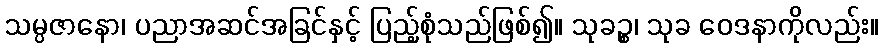
သမ္ပဇာနော၊ ပညာအဆင်အခြင်နှင့် ပြည့်စုံသည်ဖြစ်၍။ သုခဉ္စ၊ သုခ ဝေဒနာကိုလည်း။